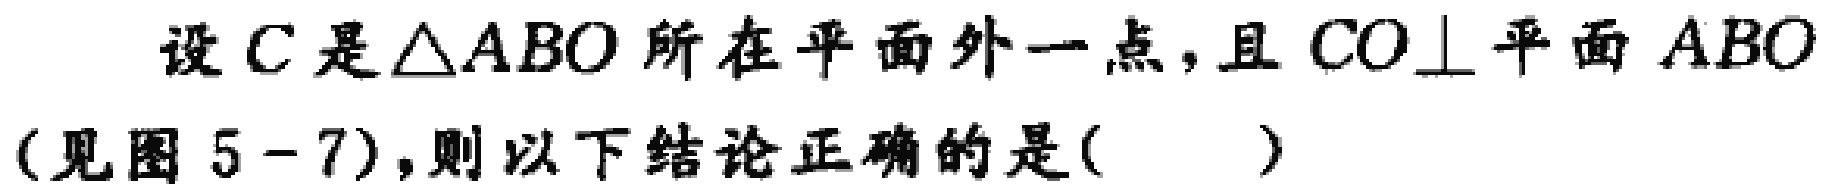
设\(C\)是\(\triangle ABO\)所在平面外一点，且\(CO\perp\)平面\(ABO\)（见图 \(5 - 7\)），则以下结论正确的是( )